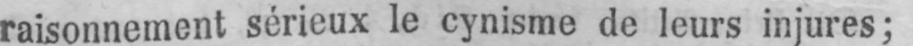
raisonnement sérieux le cynisme de leurs injures;